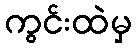
ကွင်းထဲမှ